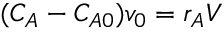
( C _ { A } - C _ { A 0 } ) v _ { 0 } = r _ { A } V